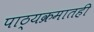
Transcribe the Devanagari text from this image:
पाठ्यक्रमातही